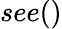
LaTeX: see()